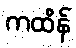
ကထိန်